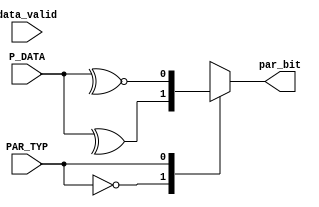
module parity_calc(
  input       [7:0] P_DATA,
  input             data_valid,
  input             PAR_TYP,
  output reg        par_bit
  );
  
  parameter Even = 0,
            Odd = 1;
            
  always @(*) 
  begin
   case(PAR_TYP)
     Even: par_bit = ^P_DATA;
     Odd:  par_bit = ~^P_DATA;
   endcase
 end
 
endmodule